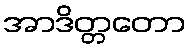
အာဒိတ္တတော